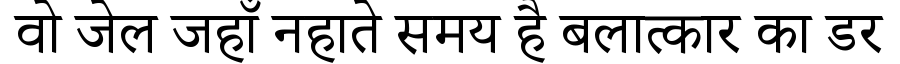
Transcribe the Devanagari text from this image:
वो जेल जहाँ नहाते समय है बलात्कार का डर